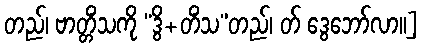
တည်၊ ဗာတ္တိံသကို “ဒွိ+တိံသ”တည်၊ တ် ဒွေဘော်လာ။]